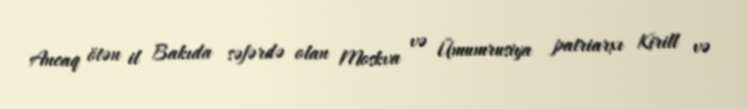
Ancaq ötən il Bakıda səfərdə olan Moskva və Ümumrusiya patriarxı Kirill və